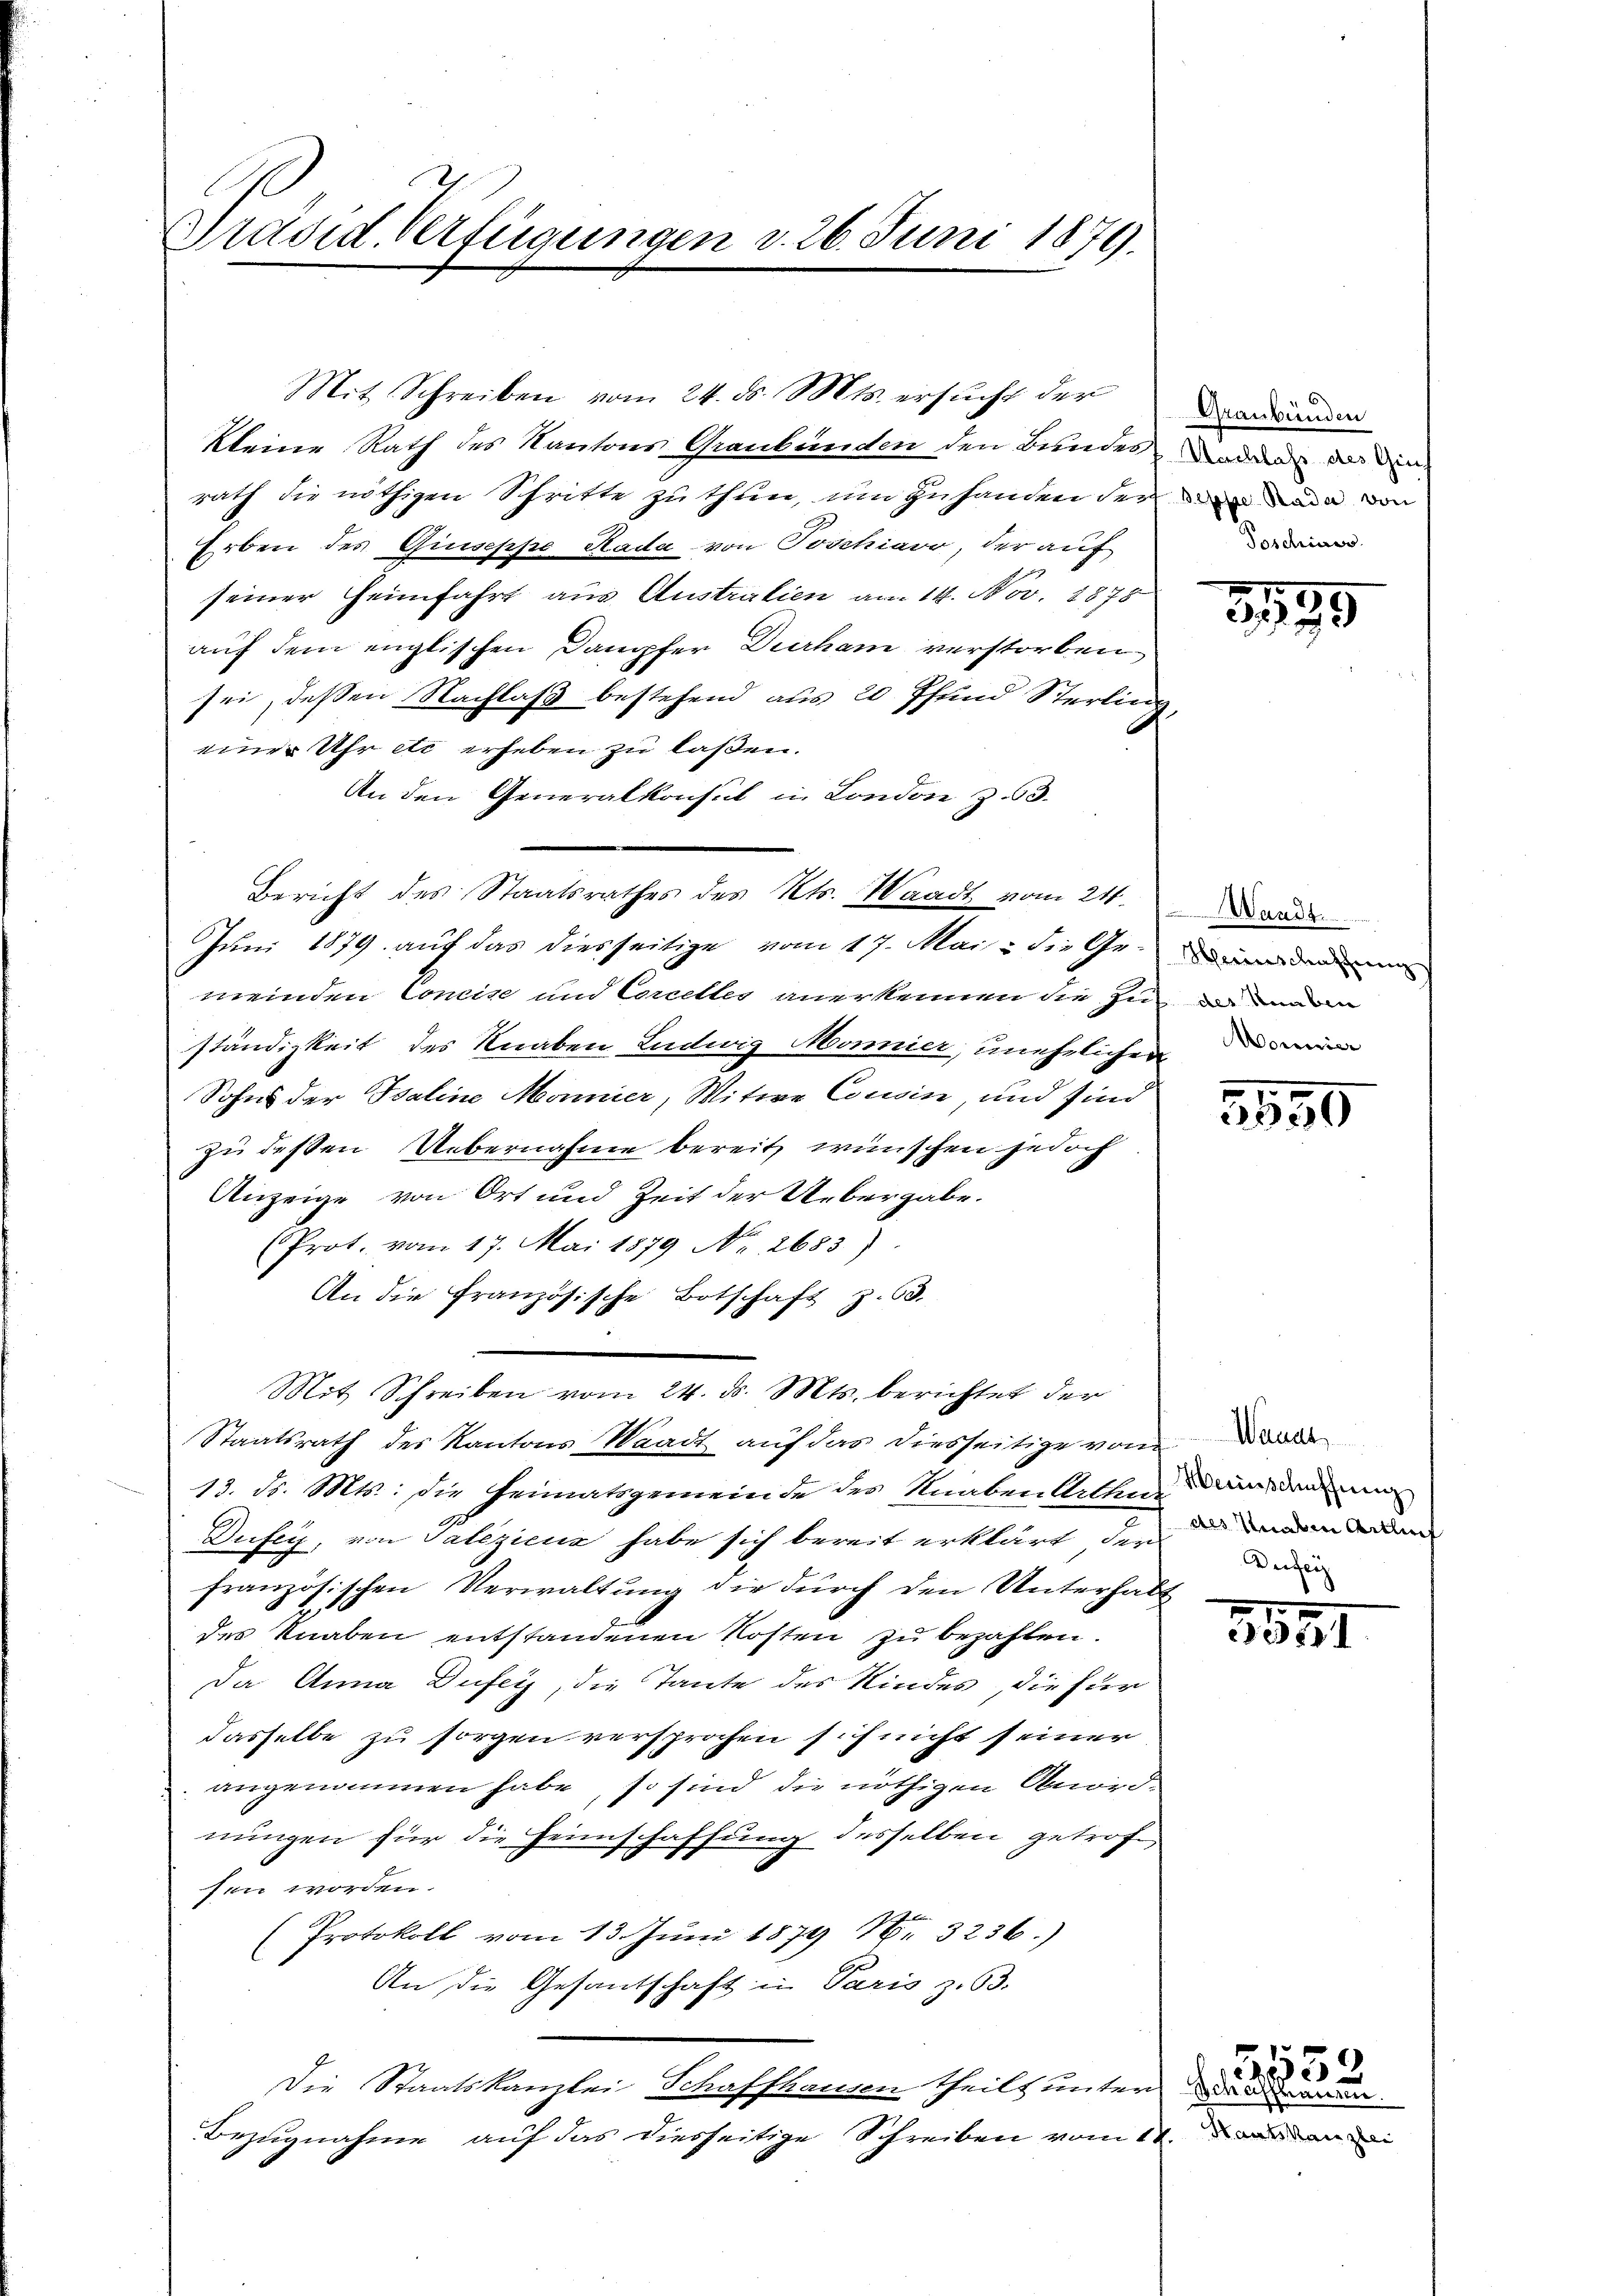
Präsid. Verfügungen d. 26. Juni 1879.

Mit Schreiben vom 24. ds. Mts. ersŭcht der
kleine Rath des Kantons Graubünden den Bundes oder der ein
rath die nöthigen Schritte zu thun, um zu handen der an die von
Erben des Giuseppe Kada von Joschiaor, der auf
seiner Heimfahrt aus Austratien am 14. Nov. 1878
auf dem englischen Dampfer Durham verstorben
sei, deßen Nachlaß bestehend aus 20 Pfund Sterling,
einer Uhr etc erheben zu laßen.
An den Generalkonsul in London z. 63.
meinden Concise und Corcelles anerkennen die Zuständigkeit des Knaben Ludwig Mönnier, unehelichen
Sohns der Saline Monnier, Witwe Cousin, und sind
zu dessen Uebernahme bereit, wünschen jedoch
Anzeige von Ort und Zeit der Uebergabe.
(Prot. vom 17. Mai 1879 No 2683).
An die Französische Botschaft z. 63.
Mit Schreiben vom 24. d. Mts. berichtet der
Staatsrath des Kantons Waadt auf das diesseitige von de
13. Sr. Mts.: Die Heimatsgemeinde des Knaben bittene Ausdemni
Dufey, von Salezicus habe sich bereit erklärt, der
französischen Verwaltung die durch den Unterhalt
2.
des Knaben entstandenen Kosten zu bezahlen.
Da Anna Düfer, die Tante des Kindes, die für
dasselbe zu sorgen versprochen sich nicht seiner
angenommen habe, so sind die nöthigen Anord-
nungen für die Heimschaffung desselben getrofsen worden.
(Protokoll vom 13. Juni 1879 18. 3236.)
An die Gesandschaft in Paris z. 63.
Die Staatskanzlei Schaffhausen theilt unter
Bezugnahme auf das dierseitige Schreiben vom 11.

Bericht des Staatsrathes des Kts. Waadt vom 21.
Juni 1879 auf das diesseitige vom 17. Mai die Ge-

Graubünden
Poschiner

2535

Heinschazung
des Neuber

5550

als Unaben Antlief
Dersei

3151

5552
Schaffhau